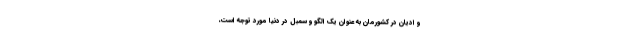
و ادیان در کشورمان به عنوان یک الگو و سمبل در دنیا مورد توجه است،